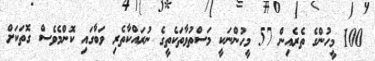
100 މީހުންގެ ތެރެއިން 57 މީހުންނަކީ މަސްތުވާތަކެތީގެ ނުރައްކާތެރި ވަބާގައި ކޮންމެވެސް ގޮތަކަށް